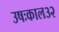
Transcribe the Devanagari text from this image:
उषःकाल३२